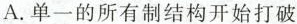
A.单一的所有制结构开始打破